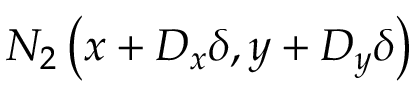
N _ { 2 } \left( x + D _ { x } \delta , y + D _ { y } \delta \right)